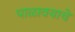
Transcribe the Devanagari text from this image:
पाळावयाचे